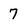
Character: 7